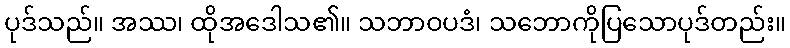
ပုဒ်သည်။ အဿ၊ ထိုအဒေါသ၏။ သဘာဝပဒံ၊ သဘောကိုပြသောပုဒ်တည်း။